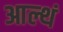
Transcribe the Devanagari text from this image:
आल्थं